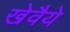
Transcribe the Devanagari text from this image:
खेवैये